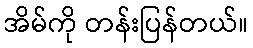
အိမ်ကို တန်းပြန်တယ်။